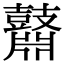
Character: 鼘